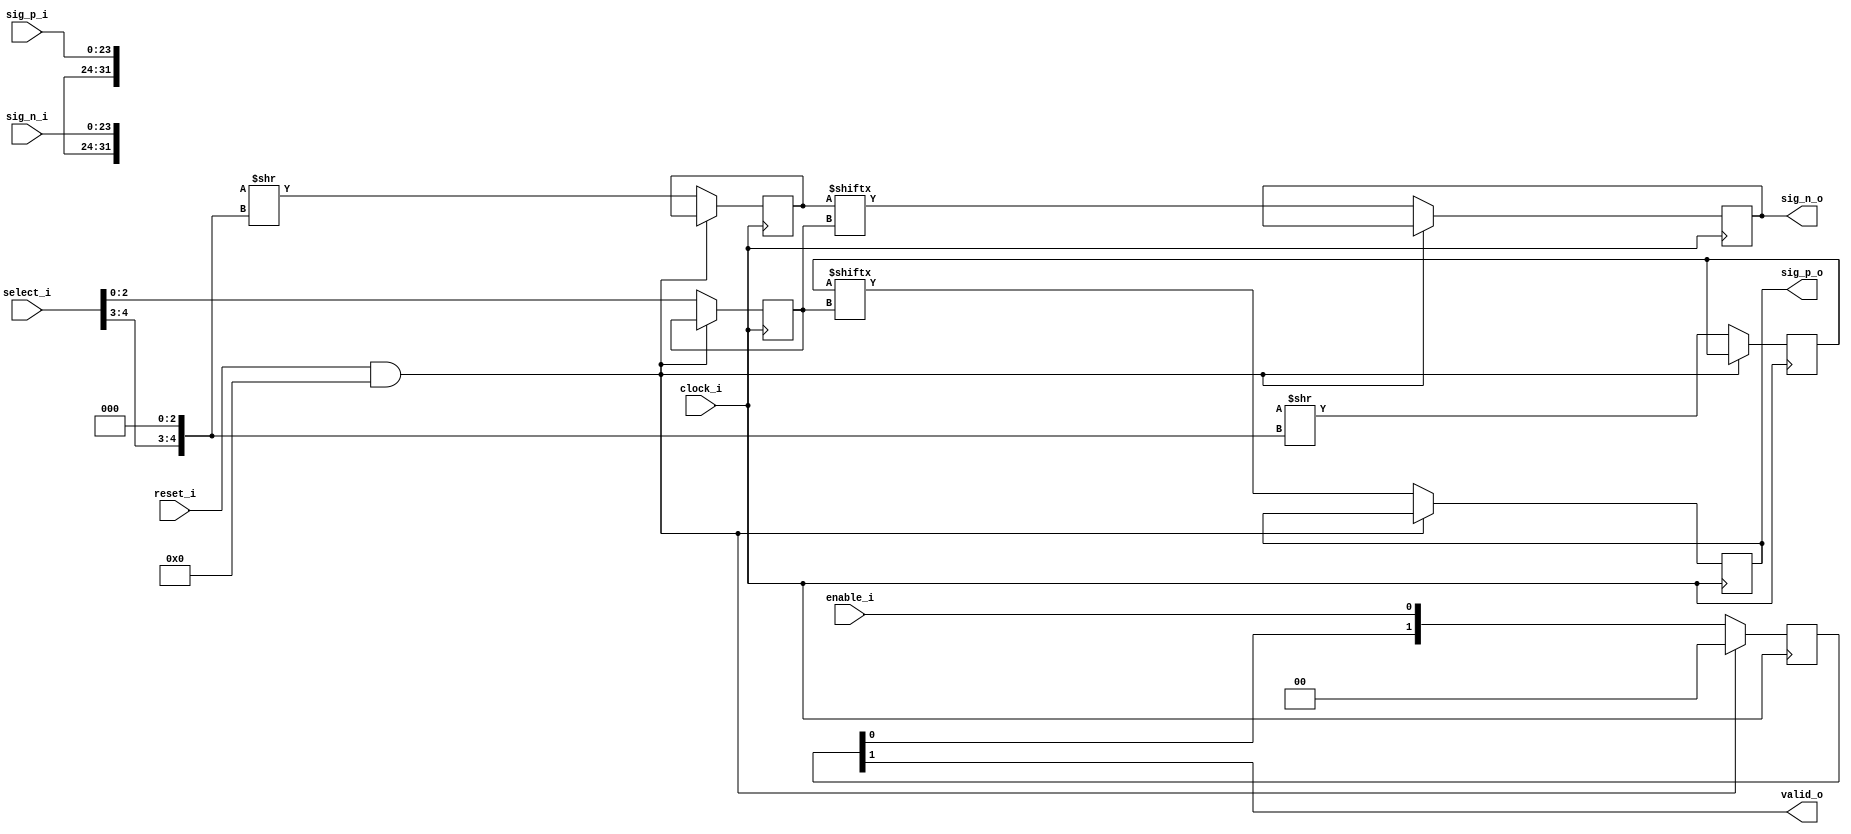
`timescale 1ns/100ps
/*
 * Module      : verilog/capture/signal_source.v
 * Copyright   : (C) Tim Molteno     2016
 *             : (C) Max Scheel      2016
 *             : (C) Patrick Suggate 2016
 * License     : LGPL3
 * 
 * Maintainer  : Patrick Suggate <patrick.suggate@gmail.com>
 * Stability   : Experimental
 * Portability : only tested with a Papilio board (Xilinx Spartan 6)
 * 
 * 
 * This file is part of TART.
 * 
 * TART is free software: you can redistribute it and/or modify it under the
 * terms of the GNU Lesser Public License as published by the Free Software
 * Foundation, either version 3 of the License, or (at your option) any later
 * version.
 * 
 * TART is distributed in the hope that it will be useful, but WITHOUT ANY
 * WARRANTY; without even the implied warranty of MERCHANTABILITY or FITNESS
 * FOR A PARTICULAR PURPOSE.  See the GNU Lesser Public License for more
 * details.
 * 
 * You should have received a copy of the GNU Lesser Public License along with
 * TART.  If not, see <http://www.gnu.org/licenses/>.
 * 
 * 
 * Description:
 * Two-stage, DDR multiplexer for the input signals.
 * 
 * NOTE:
 *  + only tested for the configuration with the sampling-clock having 6x
 *    the frequency of the data-clock;
 * 
 * TODO:
 *  + additional hardware testing, and also testing different parameter
 *    values;
 *  + parameterise the number of pipeline stages?
 * 
 */

module signal_source
  #(//  Signal-source settings:
    parameter WIDTH = 24,       // number of input signal-sources
    parameter MSB   = WIDTH-1,  // MSB of signal sources
    parameter SBITS = 5,        // input signal-width
    parameter SSB   = SBITS-1,  // MSB of signals

    //  Signal MUX bit-widths:
    parameter TOTAL = 1<<SBITS, // total MUX width
    parameter TSB   = TOTAL-1,  // MSB of MUX width
    parameter QBITS = SBITS-2,  // select bits for the second-stage MUX
    parameter QSB   = QBITS-1,  // MSB of second-stage selector
    parameter MUX2  = 1<<QBITS, // second-stage MUX width
    parameter JSB   = MUX2-1,   // MSB of second-stage MUX input

    //  Additional features:
    parameter RESET = 0,        // TODO: fast-resets (0/1)?

    //  Simulation-only parameters:
    parameter NOISY = 0,        // display extra debug info (0/1)?
    parameter DELAY = 3)        // simulated combinational delay (ns)
   (
    input         clock_i, // half-rate/DDR (sampling) clock input
    input         reset_i, // (sample domain) reset

    input         enable_i, // (sample domain) core enable
    input [SSB:0] select_i, // chooses the signal-source
    input [MSB:0] sig_p_i, // DDR signal requiring clock-recovery
    input [MSB:0] sig_n_i, // DDR signal requiring clock-recovery
    output        valid_o, // signal valid
    output reg    sig_p_o, // posedge MUX output
    output reg    sig_n_o // negedge MUX output
    );


   //-------------------------------------------------------------------------
   //
   //  TWO-STAGE MUX TO SELECT THE SOURCE SIGNAL.
   //
   //-------------------------------------------------------------------------
   wire [TSB:0]    sig_p_w, sig_n_w;
   reg [JSB:0]     sig_p2, sig_n2;
   reg [QSB:0]     select;
   reg [1:0]       enable;


   assign valid_o = enable[1];

   assign sig_p_w = {{TOTAL-WIDTH{1'bx}}, sig_p_i};
   assign sig_n_w = {{TOTAL-WIDTH{1'bx}}, sig_n_i};


   //-------------------------------------------------------------------------
   //  Select the signal source.
   //-------------------------------------------------------------------------
   //  NOTE: Uses a two-stage MUX. The first stage is a 4:1 MUX (which is one
   //    (six-input LUT per selected source-bit), and the second stage is an
   //    8:1 MUX.
   always @(posedge clock_i)
     if (reset_i && RESET)
       enable <= #DELAY 2'b00;
     else begin
        //  align-enable signal delays:
        enable  <= #DELAY {enable[0], enable_i};

        //  first-stage signal MUX:
        sig_p2  <= #DELAY sig_p_w >> {select_i[SSB:QBITS], {QBITS{1'b0}}};
        sig_n2  <= #DELAY sig_n_w >> {select_i[SSB:QBITS], {QBITS{1'b0}}};
        select  <= #DELAY select_i[QSB:0];

        //  second-stage signal MUX:
        sig_p_o <= #DELAY sig_p2[select];
        sig_n_o <= #DELAY sig_n2[select];
     end



endmodule // signal_source